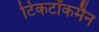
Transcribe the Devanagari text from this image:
टिकटॉकमैन